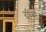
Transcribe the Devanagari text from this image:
ग्रींस